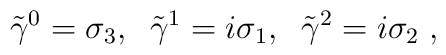
{\tilde{\gamma}}^0=\sigma_3, \; \; {\tilde{\gamma}}^1=i \sigma_1, \; \; {\tilde{\gamma}}^2=i \sigma_2 \; ,